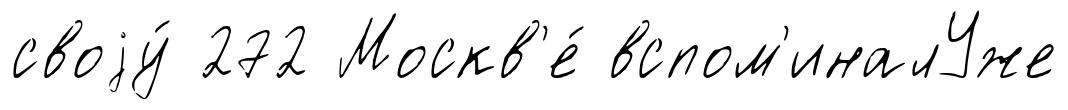
своjу́ 272 Москв'е́ вспом'иналУже